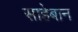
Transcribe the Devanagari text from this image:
साहेबान